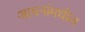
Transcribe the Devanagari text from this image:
आयनांमधील